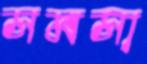
সমসা